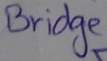
Text: Bridge